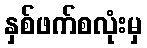
နှစ်ဖက်စလုံးမှ